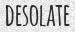
DESOLATE